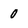
Character: 0